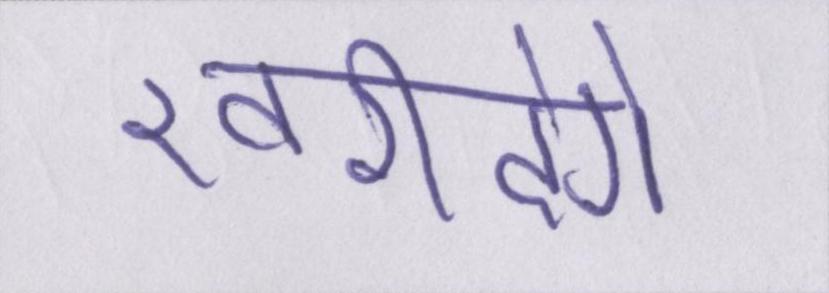
खरीदेंगे